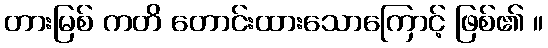
တားမြစ် ကတိ တောင်းထားသောကြောင့် ဖြစ်၏ ။